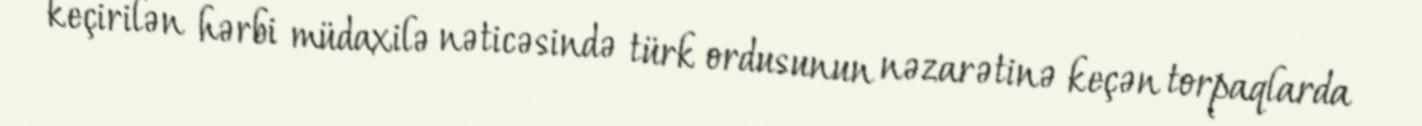
keçirilən hərbi müdaxilə nəticəsində türk ordusunun nəzarətinə keçən torpaqlarda